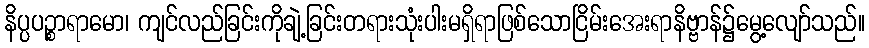
နိပ္ပပဉ္စာရာမော၊ ကျင်လည်ခြင်းကိုချဲ့ခြင်းတရားသုံးပါးမရှိရာဖြစ်သောငြိမ်းအေးရာနိဗ္ဗာန်၌မွေ့လျော်သည်။